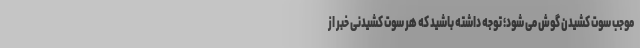
موجب سوت کشیدن گوش می شود؛ توجه داشته باشید که هر سوت کشیدنی خبر از